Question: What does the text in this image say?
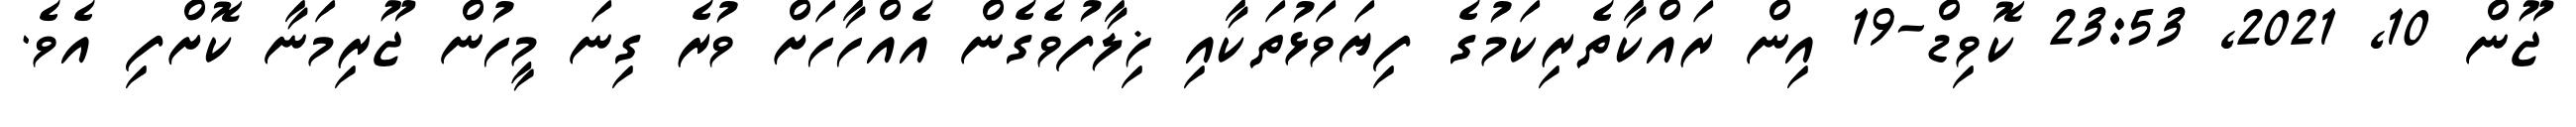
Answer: ޖޫން 10, 2021, 23:53 ކޮވިޑް-19 އިން ރައްކާތެރިކަމުގެ ފިޔަވަޅުތަކާއި ޚިލާފުވެގެން އެއްހާހަށް ވުރެ ގިނަ މީހުން ޖޫރިމަނާ ކޮށްފި އެވެ.